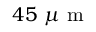
4 5 \ \mu \mathrm { ~ m ~ }